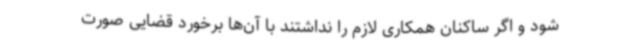
شود و اگر ساکنان همکاری لازم را نداشتند با آن‌ها برخورد قضایی صورت